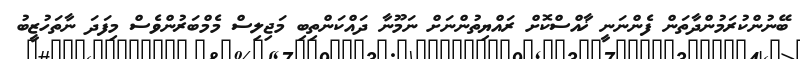
ބޭނުންކުރަމުންދާތަން ފެންނަނީ ޚާއްސްކޮށް ރައްޔިތުންނަށް ނަމޫނާ ދައްކަންތިބި މަޖިލިސް މެމްބަރުންވެސް މިފަދަ ނާތަހުޒީބު